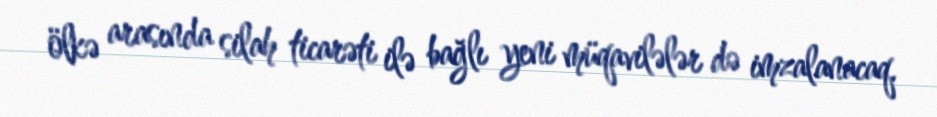
ölkə arasında silah ticarəti ilə bağlı yeni müqavilələr də imzalanacaq.